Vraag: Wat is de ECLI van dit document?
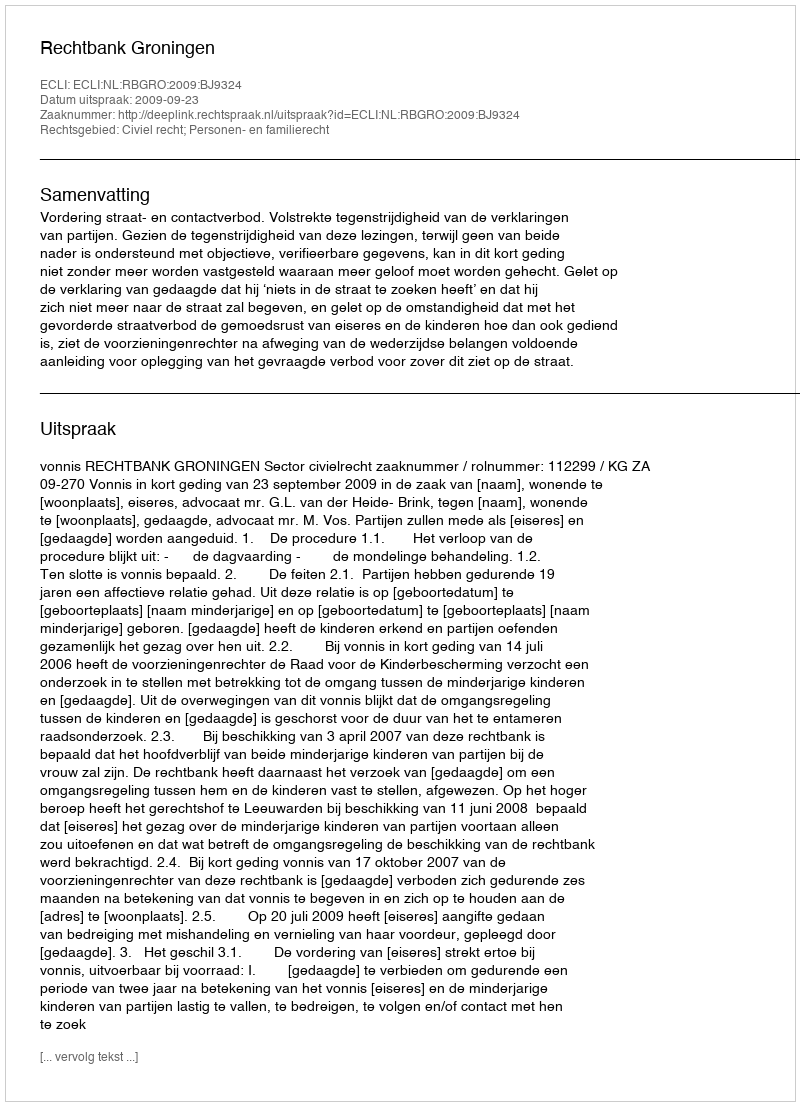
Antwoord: ECLI:NL:RBGRO:2009:BJ9324